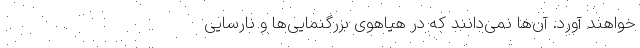
خواهند آورد. آن‌ها نمی‌دانند که در هیاهوی بزرگنمایی‌ها و نارسایی‌